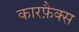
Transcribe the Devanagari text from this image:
कारफ़ैक्स